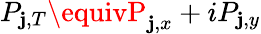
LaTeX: P_{\mathbf{j},T}\equivP_{\mathbf{j},x}+iP_{\mathbf{j},y}